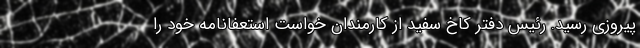
پیروزی رسید. رئیس دفتر کاخ سفید از کارمندان خواست استعفانامه خود را